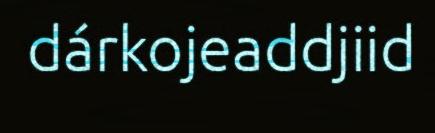
dárkojeaddjiid